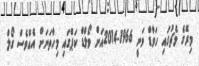
މިރޭގެ މެޗުގައި ހަވާޑް ވަނީ 1966-2014އަށް ވޯލްޑް ކަޕްގައި މިހާތަނަށް އެއްވެސް ގޯލް